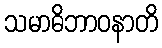
သမာဓိဘာဝနာတိ